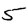
Digit: 5